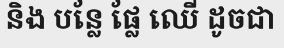
និង បន្លែ ផ្លែ ឈើ ដូចជា